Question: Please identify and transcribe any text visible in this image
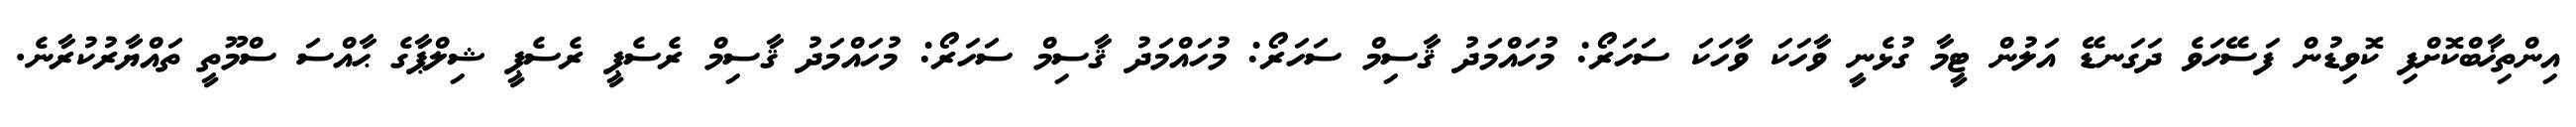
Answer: އިންތިޚާބްކޮށްފި ކޮވިޑުން ފަސޭހަވެ ދަގަނޑޭ އަލުން ޓީމާ ގުޅެނީ ވާހަކަ ވާހަކަ ސަހަރޯ: މުހައްމަދު ޤާސިމް ސަހަރޯ: މުހައްމަދު ޤާސިމް ސަހަރޯ: މުހައްމަދު ޤާސިމް ރެސެޕީ ރެސެޕީ ޝިލްޕާގެ ޙާއްސަ ސްމޫތީ ތައްޔާރުކުރާނެ.